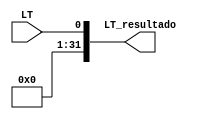
module LT_extender (
    input wire LT, output wire [31:0] LT_resultado);

    assign LT_resultado = {31'b0, LT};
    
endmodule